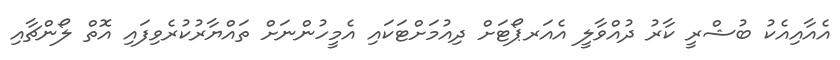
އެއާއިއެކު ބުޝްރީ ކާރު ދުއްވާލީ އެއަރޕޯޓަށް ދިއުމަށްޓަކައި އެމީހުންނަށް ތައްޔާރުކުރެވިފައި އޮތް ލޯންޗާއި